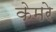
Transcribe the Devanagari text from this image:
केमरे